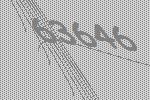
63646